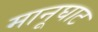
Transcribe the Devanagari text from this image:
मानूघाट